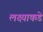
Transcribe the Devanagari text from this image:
लक्ष्याकडे